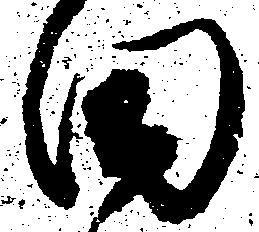
田